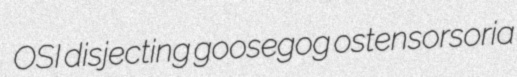
OSI disjecting goosegog ostensorsoria